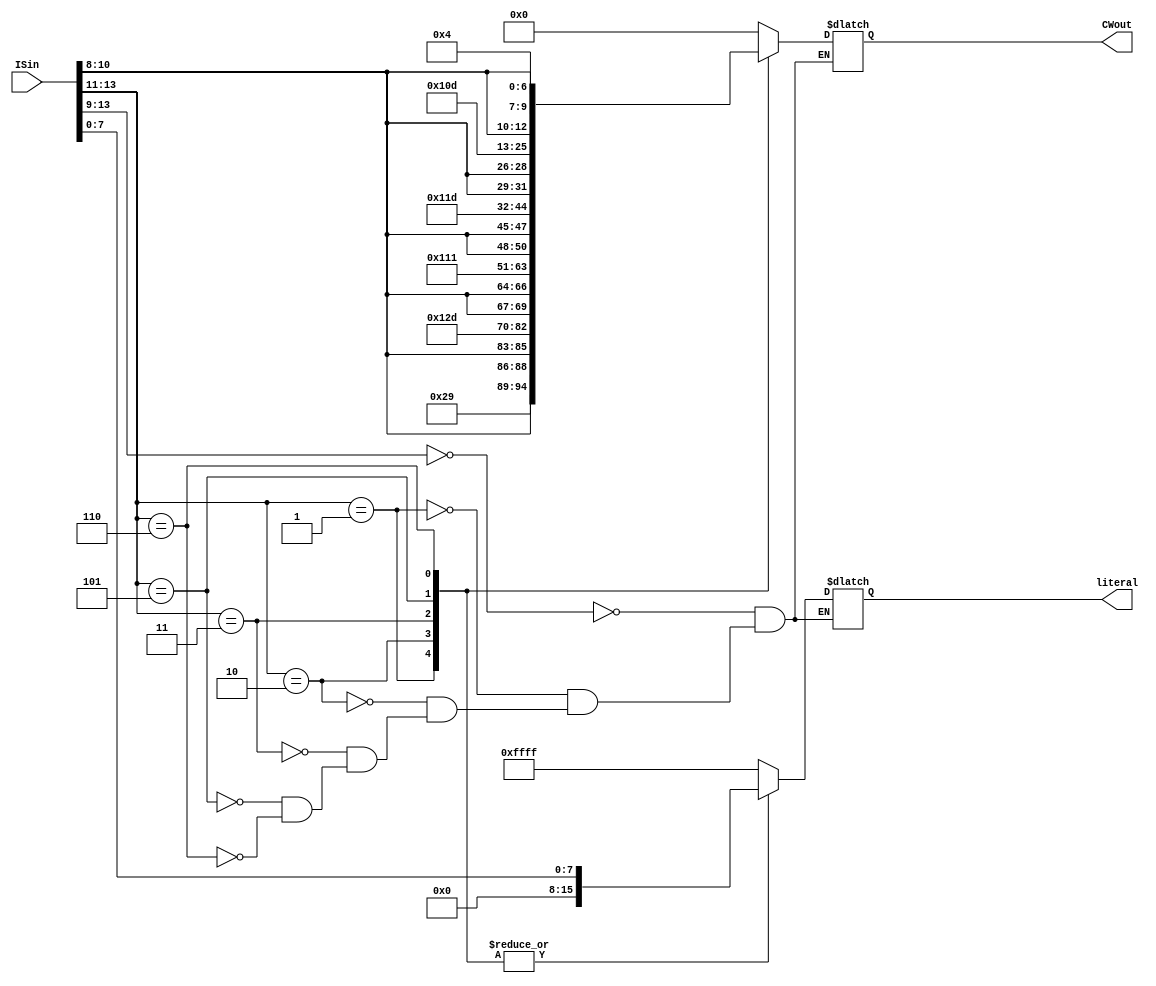
module ID_00_Handler (ISin, CWout, literal);
input [13:0] ISin;
output reg [15:0] literal;
output reg [18:0] CWout;
always @(ISin) begin
casex (ISin[13:9])

5'b00000: begin  CWout = 19'b0000000000000000000; //No Operation
 literal= 16'b1111111111111111; end

5'b001xx: begin  CWout = {6'b101001,ISin[10:8],ISin[10:8],7'b0000100}; //Add Immediate
 literal = {8'b00000000,ISin[7:0]}; end

5'b010xx: begin  CWout = {6'b101101,ISin[10:8],ISin[10:8],7'b0000100}; //Subtract Immediate
 literal = {8'b00000000,ISin[7:0]}; end

5'b011xx: begin  CWout = {6'b010001,ISin[10:8],ISin[10:8],7'b0000100}; //AND Immediate
 literal = {8'b00000000,ISin[7:0]}; end

5'b101xx: begin  CWout = {6'b011101,ISin[10:8],ISin[10:8],7'b0000100}; //OR Immediate
 literal = {8'b00000000,ISin[7:0]}; end

5'b110xx: begin  CWout = {6'b001101,ISin[10:8],ISin[10:8],7'b0000100}; //XOR Immediate
 literal = {8'b00000000,ISin[7:0]}; end

endcase

end


endmodule